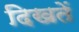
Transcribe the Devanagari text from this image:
दिखतें